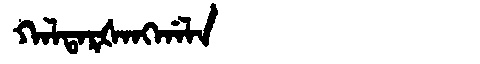
Manchu: ᡴᠠᠯᡨᠠᡵᡧᠠᠩᡤᠠᠯᠠ
Romanization: KALTARŠANGGALA